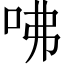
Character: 咈